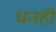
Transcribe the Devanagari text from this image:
धनही